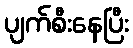
ပျက်စီးနေပြီး